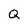
Character: Q